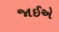
જાઈએ